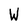
Character: W